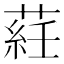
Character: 𦷺